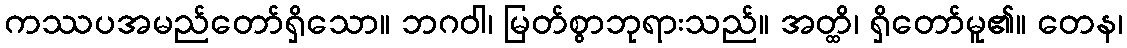
ကဿပအမည်တော်ရှိသော။ ဘဂဝါ၊ မြတ်စွာဘုရားသည်။ အတ္ထိ၊ ရှိတော်မူ၏။ တေန၊